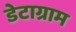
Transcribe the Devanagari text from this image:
डेटाग्राम